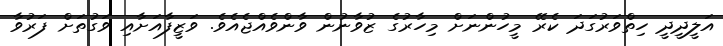
އަލީދީދީ ހިތްވަރުގަދަ ކެރޭ މީހުންނަށް މިހާރުގެ ޒުވާނުން ވާންވެއްޖެއެވެ. ވަޒީފާއަށާއި ވަގުތަށް ފަރުވާ